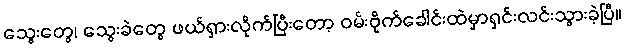
သွေးတွေ၊ သွေးခဲတွေ ဖယ်ရှားလိုက်ပြီးတော့ ဝမ်းဗိုက်ခေါင်းထဲမှာရှင်းလင်းသွားခဲ့ပြီ။